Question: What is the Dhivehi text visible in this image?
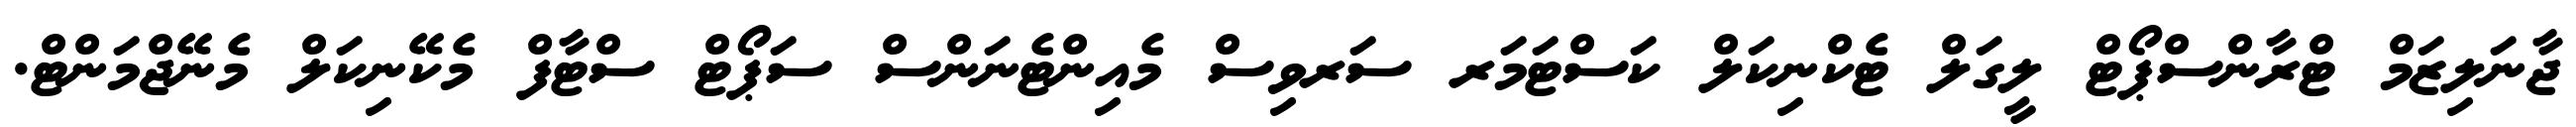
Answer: ޖާނަލިޒަމް ޓްރާންސްޕޯޓް ލީގަލް ޓެކްނިކަލް ކަސްޓަމަރ ސަރވިސް މެއިންޓެނަންސް ސަޕޯޓް ސްޓާފް މެކޭނިކަލް މެނޭޖްމަންޓް.